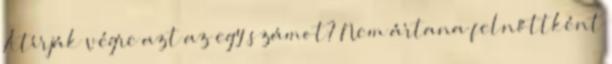
Átírják végre azt az egy számot? Nem ártana felnőttként